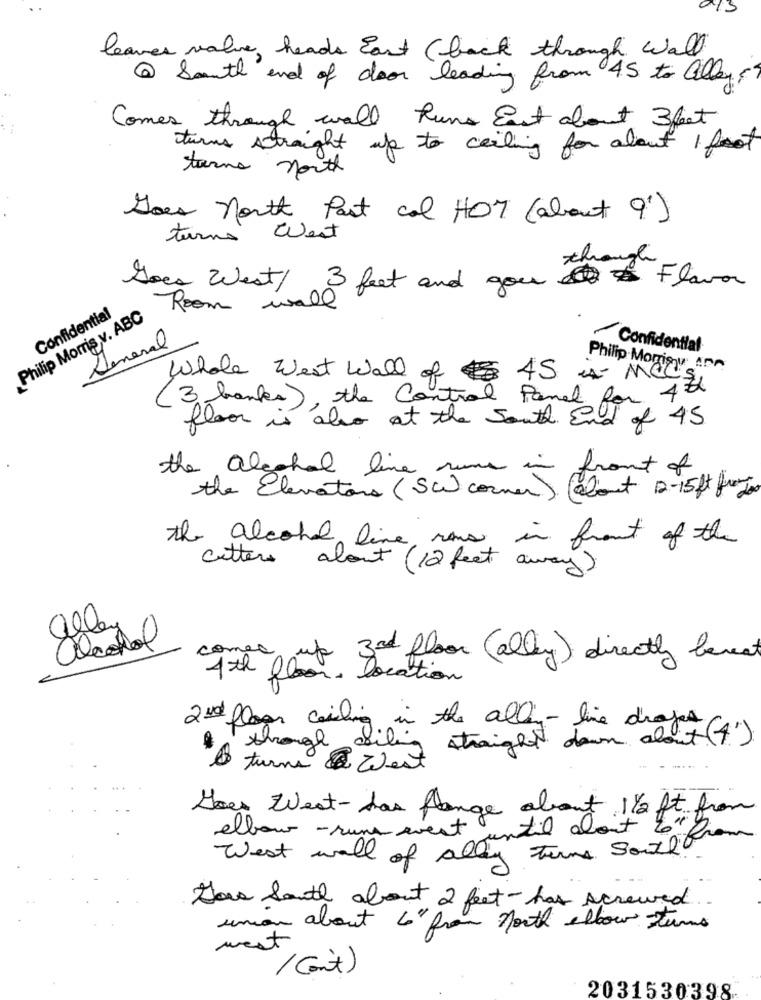
leaves valve, heads East (back through wall
@ South end of door leading from 45 to alley
Comes through wall Runs East about 3 feet
turns straight
up to ceiling for about 1 foot
torno north
Does North Past col HOT (about 9')
turns
West
Goes West / 3 feet and you Flavor
Confidential
Room wall
Philip Morris,v. ABC
General
Confidential
Philip Morrisy Ann
Whole west wall of AS in MOC
3 banks), the Control Panel for 4th
floor is also at the South End of 45
the algohal line runs
front of
the Elevators ( SW) corner) (about 12-15ft fotos
the alcohol line rams in front of the
cutters about (12 feet away)
all
alcohol
comec.
3rd floor ( alley) directly beneat
4th floor. location
2nd floor waiting in the allin-line drages
through ceiling straight down about (4)
& turns West
Goes West- das Range about 1/2 ft from
elbow - runs event
West wall of appunti about to" from
y Turns South
the South about 2 feet- has screwed
union about 4" from north elbow Turns
west
( Cont)
2031530398.